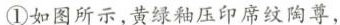
①如图所示，黄绿釉压印席纹陶尊，